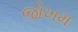
જોખમ